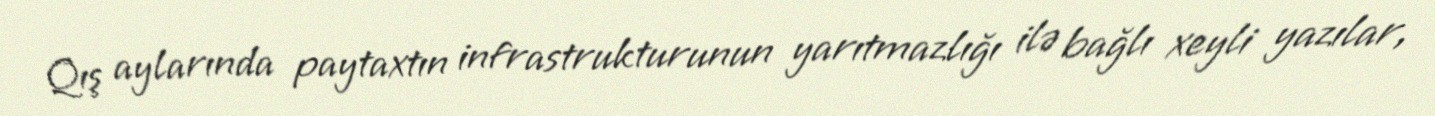
Qış aylarında paytaxtın infrastrukturunun yarıtmazlığı ilə bağlı xeyli yazılar,